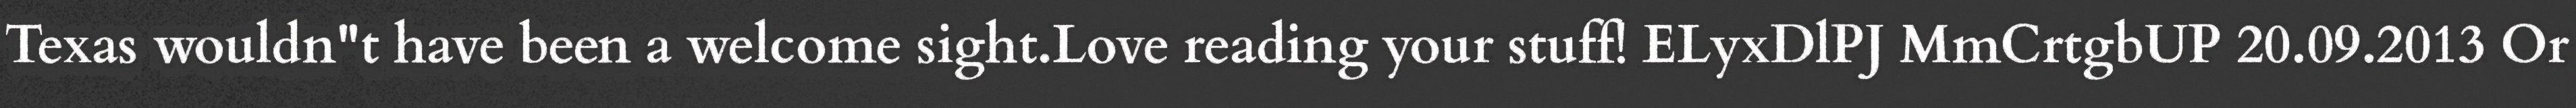
Texas wouldn"t have been a welcome sight.Love reading your stuff! ELyxDlPJ MmCrtgbUP 20.09.2013 Or